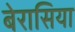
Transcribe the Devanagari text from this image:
बेरासिया